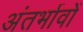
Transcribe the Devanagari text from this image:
अंतर्भावों